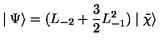
\mid \Psi \rangle = ( L _ { - 2 } + \frac { 3 } { 2 } L _ { - 1 } ^ { 2 } ) \mid \tilde { \chi } \rangle